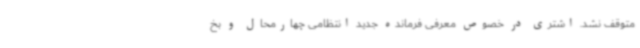
متوقف نشد. اشتری در خصوص معرفی فرمانده جدید انتظامی چهارمحال و بخ